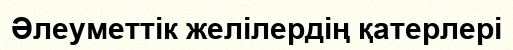
Әлеуметтік желілердің қатерлері